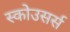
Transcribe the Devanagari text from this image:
स्कोउसर्स